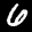
Label: 6